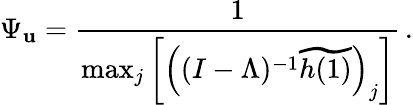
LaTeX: \Psi_{\mathbf{u}}=\frac{{1}}{{\operatorname*{max}_{j}\bigg[\Big((I-\Lambda)^{-1}\widetilde{{h(1)}}\Big)_{j}\bigg]}}\, .